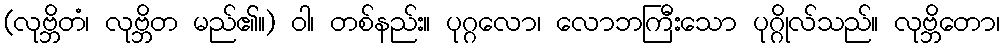
(လုဗ္ဘိတံ၊ လုဗ္ဘိတ မည်၏။) ဝါ၊ တစ်နည်း။ ပုဂ္ဂလော၊ လောဘကြီးသော ပုဂ္ဂိုလ်သည်။ လုဗ္ဘိတော၊